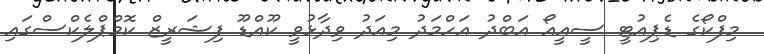
މިފްކޯގެ ޑެޕިއުޓީ ސީއީއޯ އަބްދު އަހްމަދު މިއަދު ވިދާޅުވީ ކޫއްޑޫ ފިޝަރީޒް ކޮމްޕްލެކްސްގައި